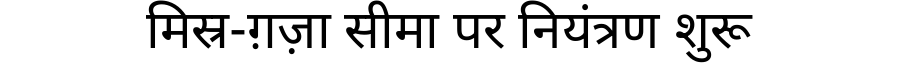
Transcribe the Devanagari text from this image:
मिस्र-ग़ज़ा सीमा पर नियंत्रण शुरू